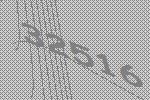
32516